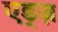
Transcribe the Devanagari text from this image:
एड्ज़